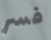
فسر